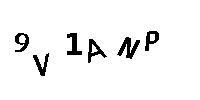
9V1ANP